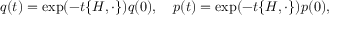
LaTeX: q ( t ) = \exp ( - t \{ H , \cdot \} ) q ( 0 ) , \quad p ( t ) = \exp ( - t \{ H , \cdot \} ) p ( 0 ) ,